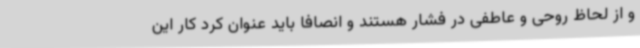
و از لحاظ روحی و عاطفی در فشار هستند و انصافا باید عنوان کرد کار این